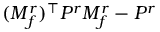
( M _ { f } ^ { r } ) ^ { \top } P ^ { r } M _ { f } ^ { r } - P ^ { r }